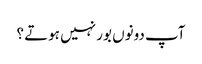
آپ دونوں بور نہیں ہوتے ؟